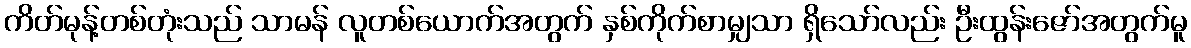
ကိတ်မုန့်တစ်တုံးသည် သာမန် လူတစ်ယောက်အတွက် နှစ်ကိုက်စာမျှသာ ရှိသော်လည်း ဦးထွန်းဇော်အတွက်မူ